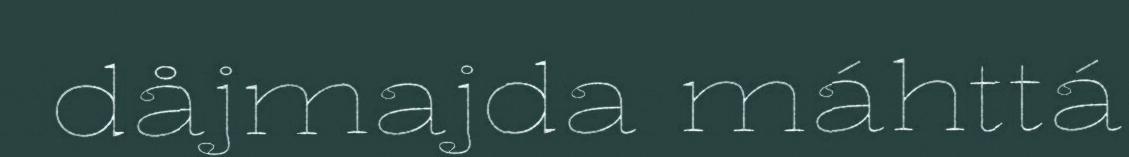
dåjmajda máhttá